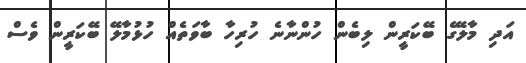
އަދި މާލޭގެ ބޭކަރީން ލިބެން ހުންނާނެ ހުރިހާ ބާވަތެއް ހުޅުމާލޭ ބޭކަރީން ވެސް